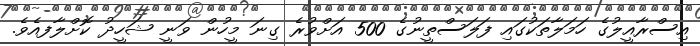
އިސްރާއީލުގެ ހަމަލާތަކުގައި ފަލަސްތީނުގެ 500 އަށްވުރެ ގިނަ މީހުން ވަނީ ޝަހީދު ކޮށްލާފއެވެ.